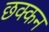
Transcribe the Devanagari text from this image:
छक्कन